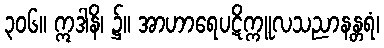
၃၀၆။ ဣဒါနိ၊ ၌။ အာဟာရေပဋိက္ကူလသညာနန္တရံ၊